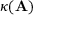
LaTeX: \kappa ( \mathbf { A } )